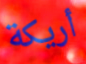
أريكة